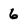
Character: 6